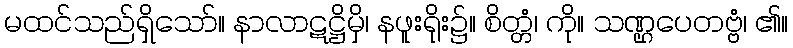
မထင်သည်ရှိသော်။ နာလာဋဋ္ဌိမှိ၊ နဖူးရိုး၌။ စိတ္တံ၊ ကို။ သဏ္ဌပေတဗ္ဗံ၊ ၏။